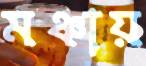
মঞ্চায়